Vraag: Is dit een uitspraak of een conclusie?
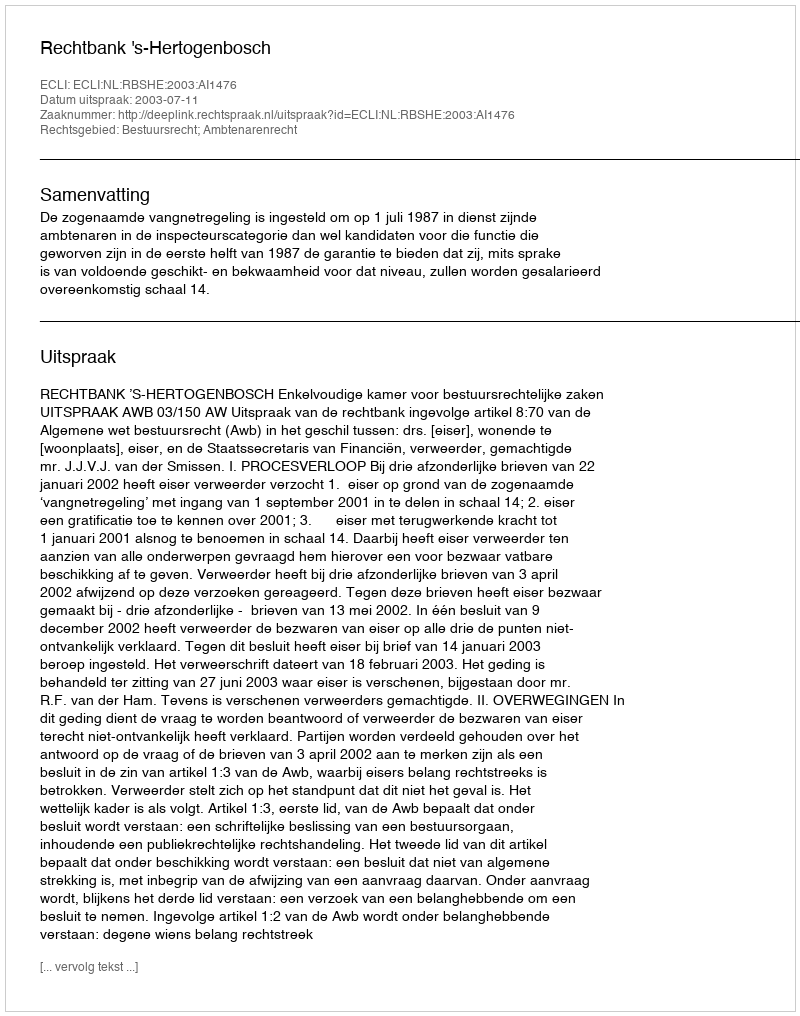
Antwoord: Uitspraak